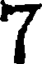
7